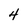
Character: 4